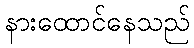
နားထောင်နေသည်